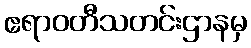
ဧရာဝတီသတင်းဌာနမှ